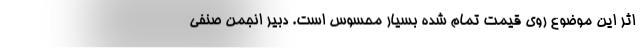
اثر این موضوع روی قیمت تمام شده بسیار محسوس است. دبیر انجمن صنفی